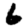
Digit: 6